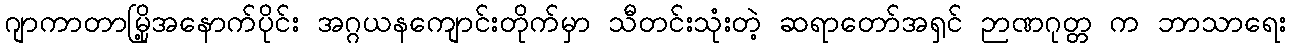
ဂျာကာတာမြို့အနောက်ပိုင်း အဂ္ဂယနကျောင်းတိုက်မှာ သီတင်းသုံးတဲ့ ဆရာတော်အရှင် ဉာဏဂုတ္တ က ဘာသာရေး